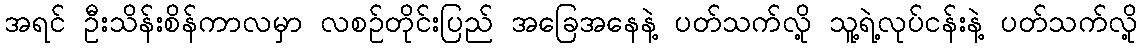
အရင် ဦးသိန်းစိန်ကာလမှာ လစဉ်တိုင်းပြည် အခြေအနေနဲ့ ပတ်သက်လို့ သူ့ရဲ့လုပ်ငန်းနဲ့ ပတ်သက်လို့